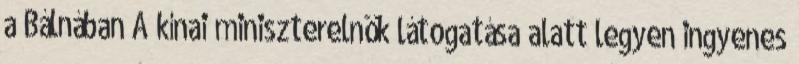
a Bálnában A kínai miniszterelnök látogatása alatt legyen ingyenes